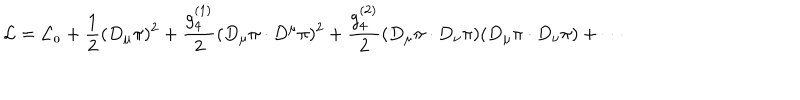
LaTeX: { \cal L } = { \cal L _ { 0 } } + \frac { 1 } { 2 } ( D _ { \mu } \pi ) ^ { 2 } + \frac { g _ { 4 } ^ { ( 1 ) } } { 2 } ( D _ { \mu } \pi \cdot D ^ { \mu } \pi ) ^ { 2 } + \frac { g _ { 4 } ^ { ( 2 ) } } { 2 } ( D _ { \mu } \pi \cdot D _ { \nu } \pi ) ( D _ { \mu } \pi \cdot D _ { \nu } \pi ) + \cdots